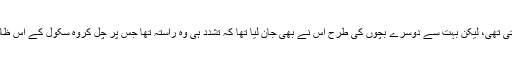
ہمیشہ جارحیت اس کی طرف سے نہیں ہوتی تھی، لیکن بہت سے دوسرے بچوں کی طرح اس نے بھی جان لیا تھا کہ تشدد ہی وہ راستہ تھا جس پر چل کروہ سکول کے اس ظالمانہ ماحول میں اپنی بقا یقینی بنا سکتا تھا۔